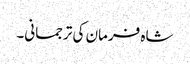
شاہ فرمان کی ترجمانی۔